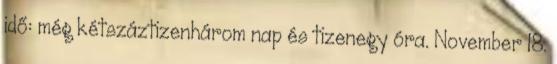
idő: még kétszáztizenhárom nap és tizenegy óra. November 18.